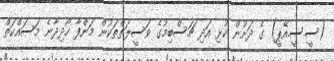
(ސީ.ސީ.އޭޕީ) ގެ ދަށުން ކުޅި އަދި ޗަސްބިމުގެ ވަސީލަތްތަކުން މަންފާ ހޯދިދާނެ މަސައްކަތް